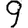
Digit: 9